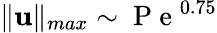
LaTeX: \| \mathbf{u}\| _{max}\sim\mathrm{~P~e~}^{0.75}